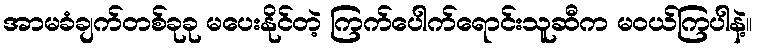
အာမခံချက်တစ်ခုခု မပေးနိုင်တဲ့ ကြက်ပေါက်ရောင်းသူဆီက မဝယ်ကြပါနဲ့။